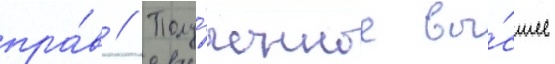
пра́в // Полу́ченное вы́сшее